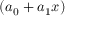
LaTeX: ( a _ { 0 } + a _ { 1 } x )